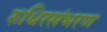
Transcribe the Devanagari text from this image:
रुधिरसंभरण